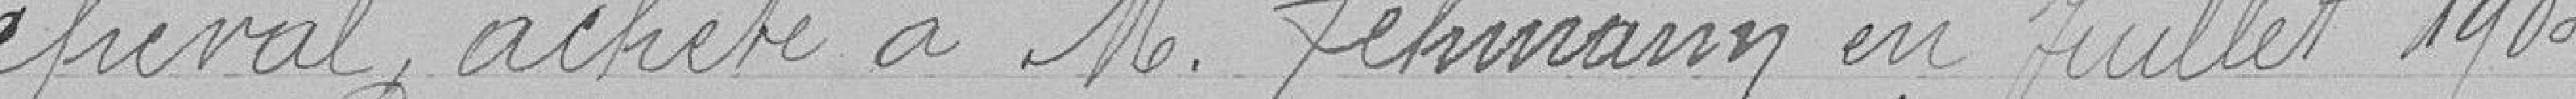
cheval acheté à M. Hermann en juillet 1905,